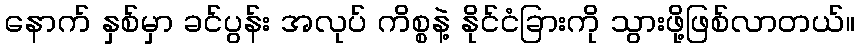
နောက် နှစ်မှာ ခင်ပွန်း အလုပ် ကိစ္စနဲ့ နိုင်ငံခြားကို သွားဖို့ဖြစ်လာတယ်။